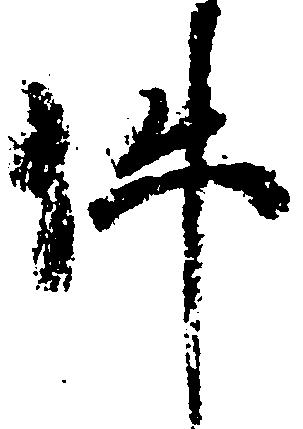
件